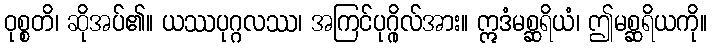
ဝုစ္စတိ၊ ဆိုအပ်၏။ ယဿပုဂ္ဂလဿ၊ အကြင်ပုဂ္ဂိုလ်အား။ ဣဒံမစ္ဆရိယံ၊ ဤမစ္ဆရိယကို။